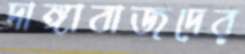
দাঙ্গাবাজদের